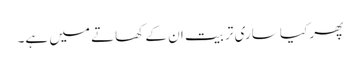
پھر کیا ساری تربیت ان کے کھاتے میں ہے۔